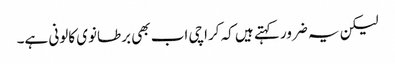
لیکن یہ ضرور کہتے ہیں کہ کراچی اب بھی برطانوی کالونی ہے۔